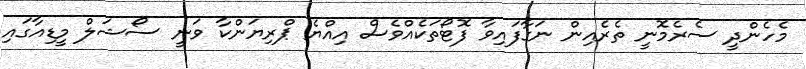
މެހެންދީ ސެރެމޮނީ ތެރެއިން ނަގާފައިވާ ފޮޓޯތަކެއްވެސް އިއްޔެ ޕްރިޔަންކާ ވަނީ ސޯޝަލް މީޑިއާގައި